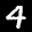
Label: 4